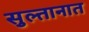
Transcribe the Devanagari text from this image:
सुल्तानात